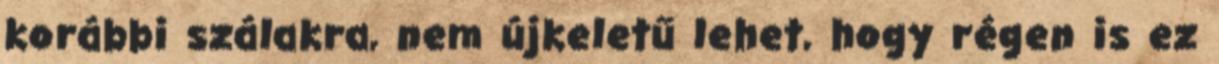
korábbi szálakra, nem újkeletű lehet, hogy régen is ez